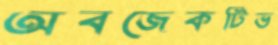
অবজেকটিভ